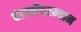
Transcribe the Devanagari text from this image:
बंडाळीदरम्यान